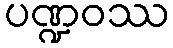
ပဏ္ဍဝဿ